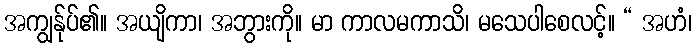
အကျွန်ုပ်၏။ အယျိကာ၊ အဘွားကို။ မာ ကာလမကာသိ၊ မသေပါစေလင့်။ “ အဟံ၊